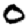
Digit: 0